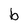
Character: b